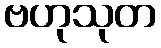
ဗဟုသုတ